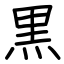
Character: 黒